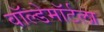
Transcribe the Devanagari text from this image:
वॉल्डेमॉर्टला